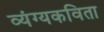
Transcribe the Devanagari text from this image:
व्यंग्यकविता